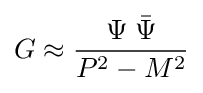
G\approx {\frac {\Psi \;{\bar {\Psi }}}{P^{2}-M^{2}}}